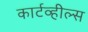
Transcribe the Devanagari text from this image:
कार्टव्हील्स